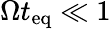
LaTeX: \Omega t_{\mathrm{eq}}\ll 1